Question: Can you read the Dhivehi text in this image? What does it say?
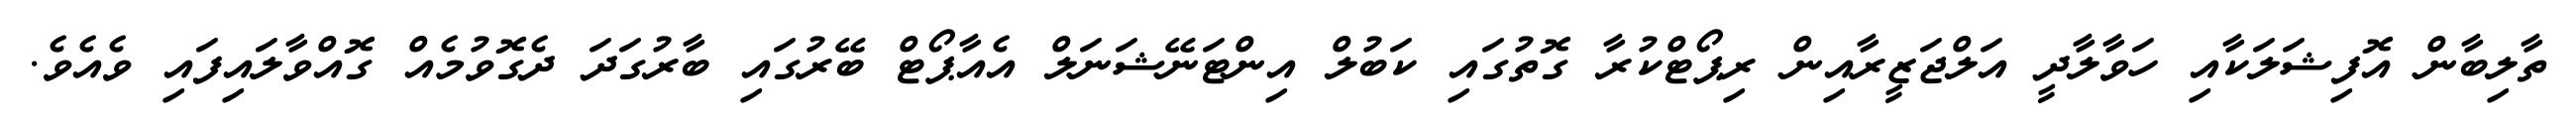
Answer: ތާލިބާން އޮފިޝަލަކާއި ހަވާލާދީ އަލްޖަޒީރާއިން ރިޕޯޓްކުރާ ގޮތުގައި ކަބުލް އިންޓަނޭޝަނަލް އެއާޕޯޓް ބޭރުގައި ބާރުގަދަ ދެގޮވުމެއް ގޮއްވާލައިފައި ވެއެވެ.